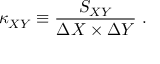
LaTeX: \kappa _ { X Y } \equiv \frac { S _ { X Y } } { \Delta X \times \Delta Y } ~ .